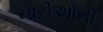
નારીઓની